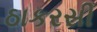
ઠાકરસી